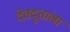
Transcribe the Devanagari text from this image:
देवदूताला